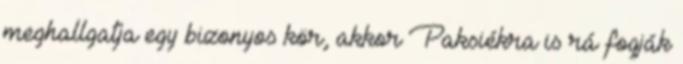
meghallgatja egy bizonyos kör, akkor Paksiékra is rá fogják